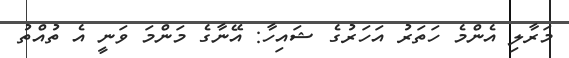
މަރާލި އެންމެ ހަތަރު އަހަރުގެ ޝައިހާ: އޭނާގެ މަންމަ ވަނީ އެ ތުއްތު